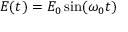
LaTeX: E ( t ) = E _ { 0 } \sin ( \omega _ { 0 } t )